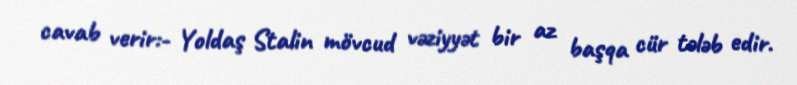
cavab verir:- Yoldaş Stalin mövcud vəziyyət bir az başqa cür tələb edir.